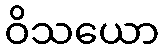
ဝိသယော